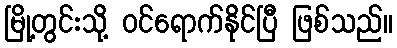
မြို့တွင်းသို့ ဝင်ရောက်နိုင်ပြီ ဖြစ်သည်။